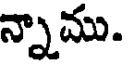
న్నాము.